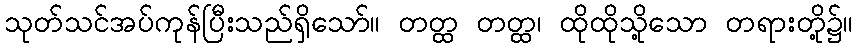
သုတ်သင်အပ်ကုန်ပြီးသည်ရှိသော်။ တတ္ထ တတ္ထ၊ ထိုထိုသို့သော တရားတို့၌။